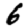
Digit: 6